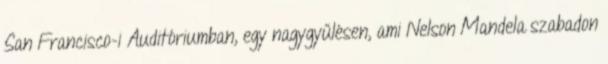
San Francisco-i Auditóriumban, egy nagygyűlésen, ami Nelson Mandela szabadon